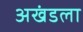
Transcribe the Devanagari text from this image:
अखंडला